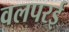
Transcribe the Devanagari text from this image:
वलपरई